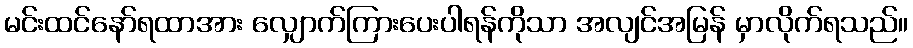
မင်းထင်နော်ရထာအား လျှောက်ကြားပေးပါရန်ကိုသာ အလျင်အမြန် မှာလိုက်ရသည်။